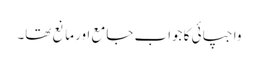
واجپائی کا جواب جامع اور مانع تھا۔